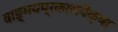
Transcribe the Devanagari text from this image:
वाङ्‌मयप्रकारापेक्षा